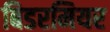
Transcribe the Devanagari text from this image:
बिडरमियर